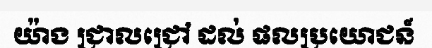
យ៉ាង ជ្រាលជ្រៅ ដល់ ផលប្រយោជន៍